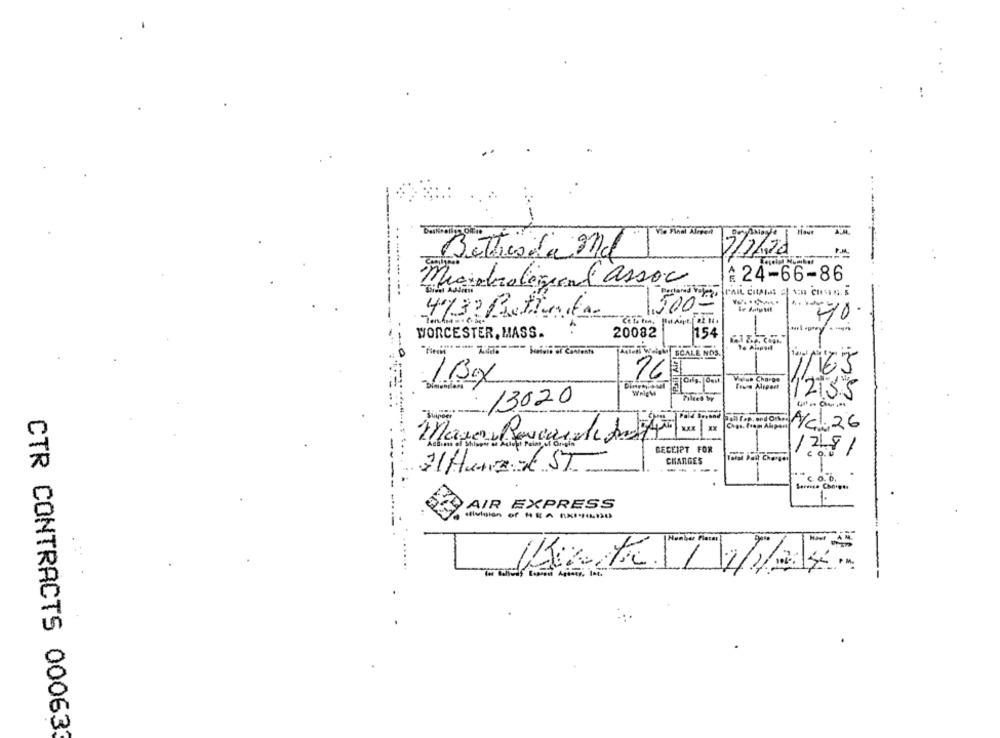
Bethesda Md
3/7/2
:24-66-86
Microbiologienl assoc
.... ... ---
5000
4732 Button
70
WORCESTER, MASS.
20082
154
Anton Walen SCALE NOS.
Apport
11163
16
1Kg
Value Charge
WRigM
Tours Alsport
12135
13020
Chps. Foam Alpor
Ych 26
RECEIPT FOR
1218/
CHARGES
JHuneIST
----
-
Some Chnon
1.
AIR EXPRESS
CTR CONTRACTS 00063